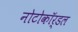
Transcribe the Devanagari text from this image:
नोटोकॉर्डल